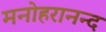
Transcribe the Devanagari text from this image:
मनोहरानन्द